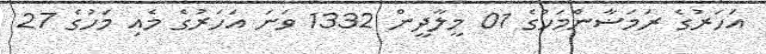
އަހަރުގެ ރަމަޟާންމަހުގެ 01 މީލާދީން 1332 ވަނަ އަހަރުގެ މެއި މަހުގެ 27